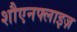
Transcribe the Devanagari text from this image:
शौएनफ्लाइज़